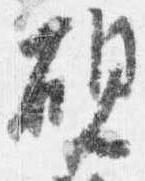
硯